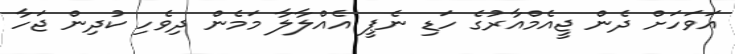
އަވަހަށް ދެން ޖީއެމްއާރުގެ ހަޑި ނެޕީ އެެއްލާލާ މަމެން ދިވެހި ކުދިން ޖަހާ